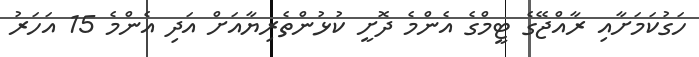
ހަގުކަމަށާއި ރާއްޖޭގެ ޓީމްގެ އެންމެ ދޮށީ ކުޅުންތެރިޔާއަށް އަދި އެންމެ 15 އަހަރު